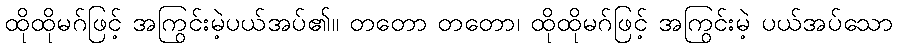
ထိုထိုမဂ်ဖြင့် အကြွင်းမဲ့ပယ်အပ်၏။ တတော တတော၊ ထိုထိုမဂ်ဖြင့် အကြွင်းမဲ့ ပယ်အပ်သော